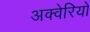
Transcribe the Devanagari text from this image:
अक्वेरियो